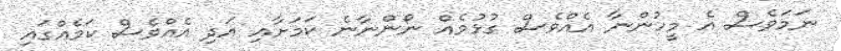
ނަމަވެސް އެ މީހުންނާ އެއްވެސް ގުޅުމެއް ނޯންނާނެ ކަމަށާއި އަދި އެއްވެސް ކަމެއްގައި